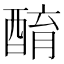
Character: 𨡚